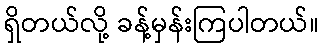
ရှိတယ်လို့ ခန့်မှန်းကြပါတယ်။